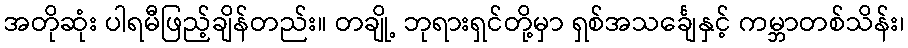
အတိုဆုံး ပါရမီဖြည့်ချိန်တည်း။ တချို့ ဘုရားရှင်တို့မှာ ရှစ်အသင်္ချေနှင့် ကမ္ဘာတစ်သိန်း၊